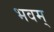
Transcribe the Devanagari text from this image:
भवम्